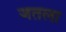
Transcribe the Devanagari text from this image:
जतला